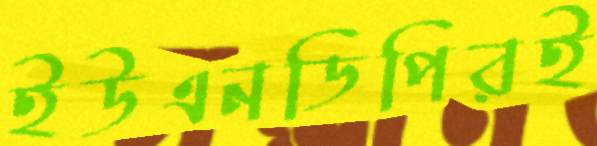
ইউএনডিপিরই